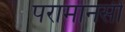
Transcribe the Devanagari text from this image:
परामानसी